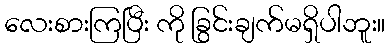
လေးစားကြပြီး ကို ခြွင်းချက်မရှိပါဘူး။